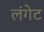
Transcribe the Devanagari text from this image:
लंगेट